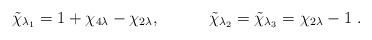
\begin{align*}\tilde{\chi}_{\lambda _{1}}=1+\chi _{4\lambda }-\chi _{2\lambda },\quad\qquad \tilde{\chi}_{\lambda _{2}}=\tilde{\chi}_{\lambda _{3}}=\chi_{2\lambda }-1{\,\,}. \end{align*}